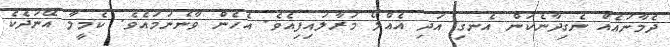
ދެމާނައެއް ނެގިދާނެކަން އެނގި އަދި އެއްލޯ މަރާލައިފިއެވެ. އެހެން ވާނެނަމައެވެ. ކެމީލާ އޭނަދެކެ